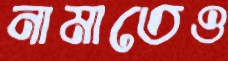
নামাতেও